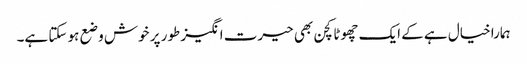
ہمارا خیال ہے کے ایک چھوٹا کچن بھی حیرت انگیز طور پر خوش وضع ہو سکتا ہے۔